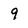
Character: 9